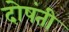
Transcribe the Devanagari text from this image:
दोषंती